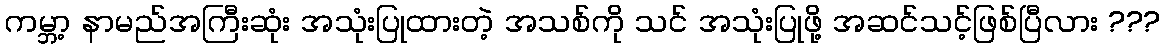
ကမ္ဘာ့ နာမည်အကြီးဆုံး အသုံးပြုထားတဲ့ အသစ်ကို သင် အသုံးပြုဖို့ အဆင်သင့်ဖြစ်ပြီလား ???